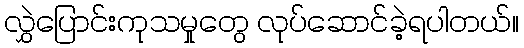
လွှဲပြောင်းကုသမှုတွေ လုပ်ဆောင်ခဲ့ရပါတယ်။